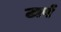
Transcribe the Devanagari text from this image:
टार्प